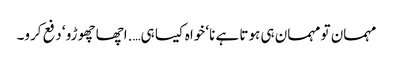
مہمان تو مہمان ہی ہوتا ہے نا‘ خواہ کیسا ہی….اچھا چھوڑو ‘ دفع کرو۔